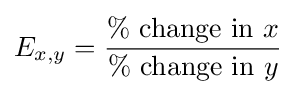
E_{x,y}={\frac {\%{\mbox{ change in }}x}{\%{\mbox{ change in }}y}}